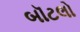
બૉટલો